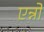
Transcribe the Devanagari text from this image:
एन्नो